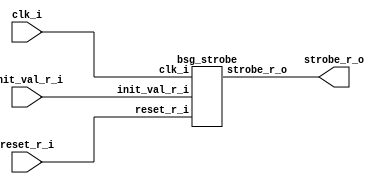


module top
(
  clk_i,
  reset_r_i,
  init_val_r_i,
  strobe_r_o
);

  input [15:0] init_val_r_i;
  input clk_i;
  input reset_r_i;
  output strobe_r_o;

  bsg_strobe
  wrapper
  (
    .init_val_r_i(init_val_r_i),
    .clk_i(clk_i),
    .reset_r_i(reset_r_i),
    .strobe_r_o(strobe_r_o)
  );


endmodule



module bsg_dff_width_p15_harden_p0_strength_p2
(
  clk_i,
  data_i,
  data_o
);

  input [14:0] data_i;
  output [14:0] data_o;
  input clk_i;
  reg [14:0] data_o;

  always @(posedge clk_i) begin
    if(1'b1) begin
      { data_o[14:0] } <= { data_i[14:0] };
    end 
  end


endmodule



module bsg_xnor_width_p16_harden_p1
(
  a_i,
  b_i,
  o
);

  input [15:0] a_i;
  input [15:0] b_i;
  output [15:0] o;
  wire [15:0] o;
  wire N0,N1,N2,N3,N4,N5,N6,N7,N8,N9,N10,N11,N12,N13,N14,N15;
  assign o[15] = ~N0;
  assign N0 = a_i[15] ^ b_i[15];
  assign o[14] = ~N1;
  assign N1 = a_i[14] ^ b_i[14];
  assign o[13] = ~N2;
  assign N2 = a_i[13] ^ b_i[13];
  assign o[12] = ~N3;
  assign N3 = a_i[12] ^ b_i[12];
  assign o[11] = ~N4;
  assign N4 = a_i[11] ^ b_i[11];
  assign o[10] = ~N5;
  assign N5 = a_i[10] ^ b_i[10];
  assign o[9] = ~N6;
  assign N6 = a_i[9] ^ b_i[9];
  assign o[8] = ~N7;
  assign N7 = a_i[8] ^ b_i[8];
  assign o[7] = ~N8;
  assign N8 = a_i[7] ^ b_i[7];
  assign o[6] = ~N9;
  assign N9 = a_i[6] ^ b_i[6];
  assign o[5] = ~N10;
  assign N10 = a_i[5] ^ b_i[5];
  assign o[4] = ~N11;
  assign N11 = a_i[4] ^ b_i[4];
  assign o[3] = ~N12;
  assign N12 = a_i[3] ^ b_i[3];
  assign o[2] = ~N13;
  assign N13 = a_i[2] ^ b_i[2];
  assign o[1] = ~N14;
  assign N14 = a_i[1] ^ b_i[1];
  assign o[0] = ~N15;
  assign N15 = a_i[0] ^ b_i[0];

endmodule



module bsg_muxi2_gatestack_width_p16_harden_p1
(
  i0,
  i1,
  i2,
  o
);

  input [15:0] i0;
  input [15:0] i1;
  input [15:0] i2;
  output [15:0] o;
  wire [15:0] o;
  wire N0,N1,N2,N3,N4,N5,N6,N7,N8,N9,N10,N11,N12,N13,N14,N15,N16,N17,N18,N19,N20,N21,
  N22,N23,N24,N25,N26,N27,N28,N29,N30,N31,N32,N33,N34,N35,N36,N37,N38,N39,N40,N41,
  N42,N43,N44,N45,N46,N47;
  assign N17 = (N0)? i1[0] : 
               (N16)? i0[0] : 1'b0;
  assign N0 = i2[0];
  assign N19 = (N1)? i1[1] : 
               (N18)? i0[1] : 1'b0;
  assign N1 = i2[1];
  assign N21 = (N2)? i1[2] : 
               (N20)? i0[2] : 1'b0;
  assign N2 = i2[2];
  assign N23 = (N3)? i1[3] : 
               (N22)? i0[3] : 1'b0;
  assign N3 = i2[3];
  assign N25 = (N4)? i1[4] : 
               (N24)? i0[4] : 1'b0;
  assign N4 = i2[4];
  assign N27 = (N5)? i1[5] : 
               (N26)? i0[5] : 1'b0;
  assign N5 = i2[5];
  assign N29 = (N6)? i1[6] : 
               (N28)? i0[6] : 1'b0;
  assign N6 = i2[6];
  assign N31 = (N7)? i1[7] : 
               (N30)? i0[7] : 1'b0;
  assign N7 = i2[7];
  assign N33 = (N8)? i1[8] : 
               (N32)? i0[8] : 1'b0;
  assign N8 = i2[8];
  assign N35 = (N9)? i1[9] : 
               (N34)? i0[9] : 1'b0;
  assign N9 = i2[9];
  assign N37 = (N10)? i1[10] : 
               (N36)? i0[10] : 1'b0;
  assign N10 = i2[10];
  assign N39 = (N11)? i1[11] : 
               (N38)? i0[11] : 1'b0;
  assign N11 = i2[11];
  assign N41 = (N12)? i1[12] : 
               (N40)? i0[12] : 1'b0;
  assign N12 = i2[12];
  assign N43 = (N13)? i1[13] : 
               (N42)? i0[13] : 1'b0;
  assign N13 = i2[13];
  assign N45 = (N14)? i1[14] : 
               (N44)? i0[14] : 1'b0;
  assign N14 = i2[14];
  assign N47 = (N15)? i1[15] : 
               (N46)? i0[15] : 1'b0;
  assign N15 = i2[15];
  assign N16 = ~i2[0];
  assign o[0] = ~N17;
  assign N18 = ~i2[1];
  assign o[1] = ~N19;
  assign N20 = ~i2[2];
  assign o[2] = ~N21;
  assign N22 = ~i2[3];
  assign o[3] = ~N23;
  assign N24 = ~i2[4];
  assign o[4] = ~N25;
  assign N26 = ~i2[5];
  assign o[5] = ~N27;
  assign N28 = ~i2[6];
  assign o[6] = ~N29;
  assign N30 = ~i2[7];
  assign o[7] = ~N31;
  assign N32 = ~i2[8];
  assign o[8] = ~N33;
  assign N34 = ~i2[9];
  assign o[9] = ~N35;
  assign N36 = ~i2[10];
  assign o[10] = ~N37;
  assign N38 = ~i2[11];
  assign o[11] = ~N39;
  assign N40 = ~i2[12];
  assign o[12] = ~N41;
  assign N42 = ~i2[13];
  assign o[13] = ~N43;
  assign N44 = ~i2[14];
  assign o[14] = ~N45;
  assign N46 = ~i2[15];
  assign o[15] = ~N47;

endmodule



module bsg_dff_width_p16_harden_p0_strength_p4
(
  clk_i,
  data_i,
  data_o
);

  input [15:0] data_i;
  output [15:0] data_o;
  input clk_i;
  reg [15:0] data_o;

  always @(posedge clk_i) begin
    if(1'b1) begin
      { data_o[15:0] } <= { data_i[15:0] };
    end 
  end


endmodule



module bsg_nand_width_p16_harden_p1
(
  a_i,
  b_i,
  o
);

  input [15:0] a_i;
  input [15:0] b_i;
  output [15:0] o;
  wire [15:0] o;
  wire N0,N1,N2,N3,N4,N5,N6,N7,N8,N9,N10,N11,N12,N13,N14,N15;
  assign o[15] = ~N0;
  assign N0 = a_i[15] & b_i[15];
  assign o[14] = ~N1;
  assign N1 = a_i[14] & b_i[14];
  assign o[13] = ~N2;
  assign N2 = a_i[13] & b_i[13];
  assign o[12] = ~N3;
  assign N3 = a_i[12] & b_i[12];
  assign o[11] = ~N4;
  assign N4 = a_i[11] & b_i[11];
  assign o[10] = ~N5;
  assign N5 = a_i[10] & b_i[10];
  assign o[9] = ~N6;
  assign N6 = a_i[9] & b_i[9];
  assign o[8] = ~N7;
  assign N7 = a_i[8] & b_i[8];
  assign o[7] = ~N8;
  assign N8 = a_i[7] & b_i[7];
  assign o[6] = ~N9;
  assign N9 = a_i[6] & b_i[6];
  assign o[5] = ~N10;
  assign N10 = a_i[5] & b_i[5];
  assign o[4] = ~N11;
  assign N11 = a_i[4] & b_i[4];
  assign o[3] = ~N12;
  assign N12 = a_i[3] & b_i[3];
  assign o[2] = ~N13;
  assign N13 = a_i[2] & b_i[2];
  assign o[1] = ~N14;
  assign N14 = a_i[1] & b_i[1];
  assign o[0] = ~N15;
  assign N15 = a_i[0] & b_i[0];

endmodule



module bsg_nor3_width_p15_harden_p1
(
  a_i,
  b_i,
  c_i,
  o
);

  input [14:0] a_i;
  input [14:0] b_i;
  input [14:0] c_i;
  output [14:0] o;
  wire [14:0] o;
  wire N0,N1,N2,N3,N4,N5,N6,N7,N8,N9,N10,N11,N12,N13,N14,N15,N16,N17,N18,N19,N20,N21,
  N22,N23,N24,N25,N26,N27,N28,N29;
  assign o[14] = ~N1;
  assign N1 = N0 | c_i[14];
  assign N0 = a_i[14] | b_i[14];
  assign o[13] = ~N3;
  assign N3 = N2 | c_i[13];
  assign N2 = a_i[13] | b_i[13];
  assign o[12] = ~N5;
  assign N5 = N4 | c_i[12];
  assign N4 = a_i[12] | b_i[12];
  assign o[11] = ~N7;
  assign N7 = N6 | c_i[11];
  assign N6 = a_i[11] | b_i[11];
  assign o[10] = ~N9;
  assign N9 = N8 | c_i[10];
  assign N8 = a_i[10] | b_i[10];
  assign o[9] = ~N11;
  assign N11 = N10 | c_i[9];
  assign N10 = a_i[9] | b_i[9];
  assign o[8] = ~N13;
  assign N13 = N12 | c_i[8];
  assign N12 = a_i[8] | b_i[8];
  assign o[7] = ~N15;
  assign N15 = N14 | c_i[7];
  assign N14 = a_i[7] | b_i[7];
  assign o[6] = ~N17;
  assign N17 = N16 | c_i[6];
  assign N16 = a_i[6] | b_i[6];
  assign o[5] = ~N19;
  assign N19 = N18 | c_i[5];
  assign N18 = a_i[5] | b_i[5];
  assign o[4] = ~N21;
  assign N21 = N20 | c_i[4];
  assign N20 = a_i[4] | b_i[4];
  assign o[3] = ~N23;
  assign N23 = N22 | c_i[3];
  assign N22 = a_i[3] | b_i[3];
  assign o[2] = ~N25;
  assign N25 = N24 | c_i[2];
  assign N24 = a_i[2] | b_i[2];
  assign o[1] = ~N27;
  assign N27 = N26 | c_i[1];
  assign N26 = a_i[1] | b_i[1];
  assign o[0] = ~N29;
  assign N29 = N28 | c_i[0];
  assign N28 = a_i[0] | b_i[0];

endmodule



module bsg_reduce_width_p16_and_p1_harden_p1
(
  i,
  o
);

  input [15:0] i;
  output o;
  wire o,N0,N1,N2,N3,N4,N5,N6,N7,N8,N9,N10,N11,N12,N13;
  assign o = N13 & i[0];
  assign N13 = N12 & i[1];
  assign N12 = N11 & i[2];
  assign N11 = N10 & i[3];
  assign N10 = N9 & i[4];
  assign N9 = N8 & i[5];
  assign N8 = N7 & i[6];
  assign N7 = N6 & i[7];
  assign N6 = N5 & i[8];
  assign N5 = N4 & i[9];
  assign N4 = N3 & i[10];
  assign N3 = N2 & i[11];
  assign N2 = N1 & i[12];
  assign N1 = N0 & i[13];
  assign N0 = i[15] & i[14];

endmodule



module bsg_buf_width_p1
(
  i,
  o
);

  input [0:0] i;
  output [0:0] o;
  wire [0:0] o;
  assign o[0] = i[0];

endmodule



module bsg_strobe
(
  clk_i,
  reset_r_i,
  init_val_r_i,
  strobe_r_o
);

  input [15:0] init_val_r_i;
  input clk_i;
  input reset_r_i;
  output strobe_r_o;
  wire strobe_n,new_val,strobe_n_buf;
  wire [14:0] C_n,C_r;
  wire [15:0] S_r,S_n,S_n_n,C_n_prereset;
  reg strobe_r_o;

  bsg_dff_width_p15_harden_p0_strength_p2
  C_reg
  (
    .clk_i(clk_i),
    .data_i(C_n),
    .data_o(C_r)
  );


  bsg_xnor_width_p16_harden_p1
  xnor_S_n
  (
    .a_i(S_r),
    .b_i({ C_r, 1'b1 }),
    .o(S_n)
  );


  bsg_muxi2_gatestack_width_p16_harden_p1
  muxi2_S_n
  (
    .i0(S_n),
    .i1(init_val_r_i),
    .i2({ new_val, new_val, new_val, new_val, new_val, new_val, new_val, new_val, new_val, new_val, new_val, new_val, new_val, new_val, new_val, new_val }),
    .o(S_n_n)
  );


  bsg_dff_width_p16_harden_p0_strength_p4
  S_reg
  (
    .clk_i(clk_i),
    .data_i(S_n_n),
    .data_o(S_r)
  );


  bsg_nand_width_p16_harden_p1
  nand_C_n
  (
    .a_i(S_r),
    .b_i({ C_r, 1'b1 }),
    .o(C_n_prereset)
  );


  bsg_nor3_width_p15_harden_p1
  nor3_C_n
  (
    .a_i({ strobe_n_buf, strobe_n_buf, strobe_n_buf, strobe_n_buf, strobe_n_buf, strobe_n_buf, strobe_n_buf, strobe_n_buf, strobe_n_buf, strobe_n_buf, strobe_n_buf, strobe_n_buf, strobe_n_buf, strobe_n_buf, strobe_n_buf }),
    .b_i(C_n_prereset[14:0]),
    .c_i({ reset_r_i, reset_r_i, reset_r_i, reset_r_i, reset_r_i, reset_r_i, reset_r_i, reset_r_i, reset_r_i, reset_r_i, reset_r_i, reset_r_i, reset_r_i, reset_r_i, reset_r_i }),
    .o(C_n)
  );


  bsg_reduce_width_p16_and_p1_harden_p1
  andr
  (
    .i(S_r),
    .o(strobe_n)
  );


  bsg_buf_width_p1
  strobe_buf_gate
  (
    .i(strobe_n),
    .o(strobe_n_buf)
  );

  assign new_val = reset_r_i | strobe_n;

  always @(posedge clk_i) begin
    if(1'b1) begin
      strobe_r_o <= strobe_n_buf;
    end 
  end


endmodule